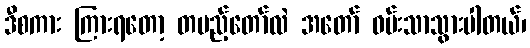
ဒီစကား ကြားရတော့ တပည့်တော်လဲ အတော် ဝမ်းသာသွားပါတယ်၊